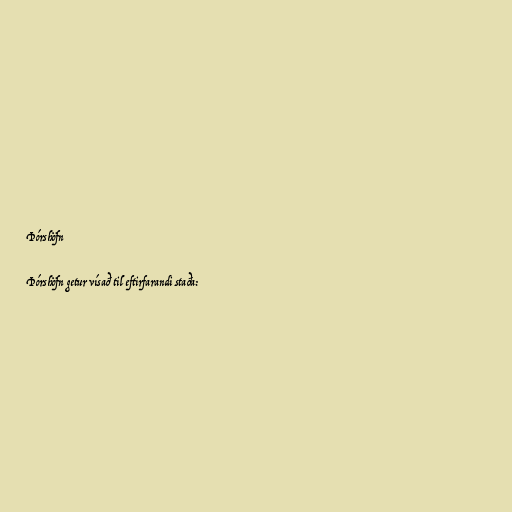
Þórshöfn

Þórshöfn getur vísað til eftirfarandi staða: